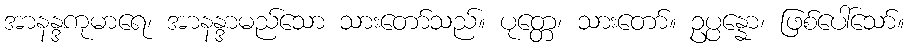
အာနန္ဒကုမာရေ၊ အာနန္ဒာမည်သော သားတော်သည်။ ပုတ္တေ၊ သားတော်။ ဥပ္ပန္နော၊ ဖြစ်ပေါ်သော်။